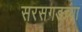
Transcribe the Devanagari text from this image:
सरसगडच्या